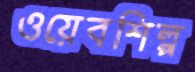
ওয়েবশিল্প